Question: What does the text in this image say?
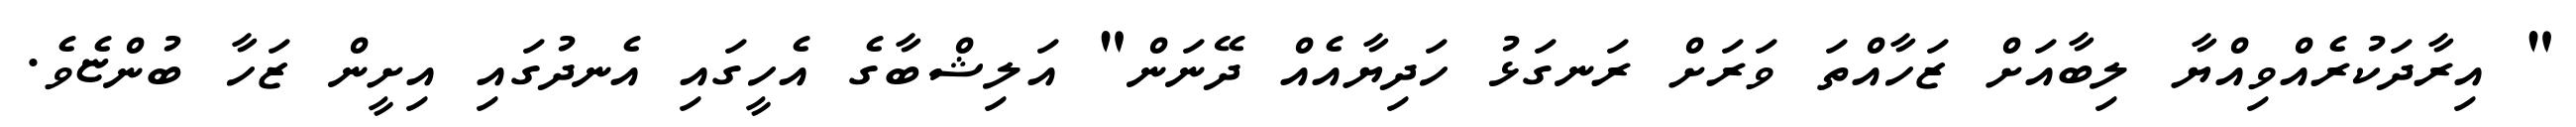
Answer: " އިރާދަކުރެއްވިއްޔާ ލިބާއަށް ޒަހާއްތަ ވަރަށް ރަނގަޅު ހަދިޔާއެއް ދޭނަން" އަލިޝްބާގެ އެހީގައި އެނދުގައި އިށީން ޒަހާ ބުންޏެވެ.